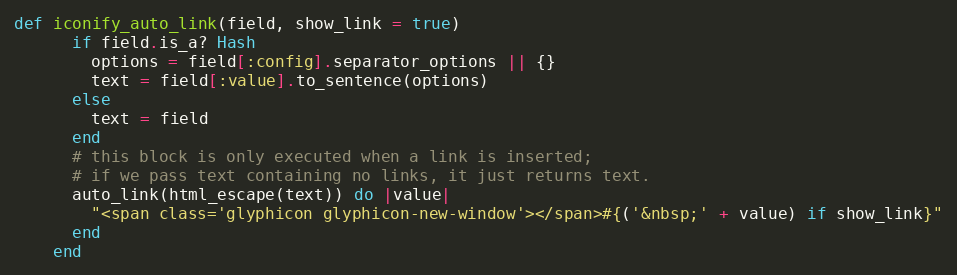
Language: Ruby
def iconify_auto_link(field, show_link = true)
      if field.is_a? Hash
        options = field[:config].separator_options || {}
        text = field[:value].to_sentence(options)
      else
        text = field
      end
      # this block is only executed when a link is inserted;
      # if we pass text containing no links, it just returns text.
      auto_link(html_escape(text)) do |value|
        "<span class='glyphicon glyphicon-new-window'></span>#{('&nbsp;' + value) if show_link}"
      end
    end